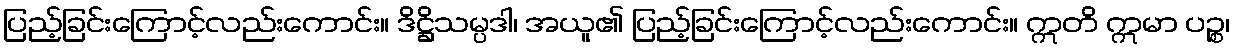
ပြည့်ခြင်းကြောင့်လည်းကောင်း။ ဒိဋ္ဌိသမ္ပဒါ၊ အယူ၏ ပြည့်ခြင်းကြောင့်လည်းကောင်း။ ဣတိ ဣမာ ပဉ္စ၊